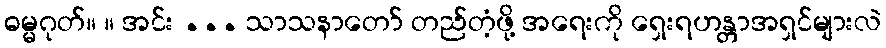
ဓမ္မဂုတ်။ ။ အင်း ... သာသနာတော် တည်တံ့ဖို့ အရေးကို ရှေးရဟန္တာအရှင်များလဲ